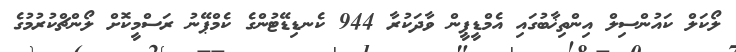
ލޯކަލް ކައުންސިލް އިންތިޚާބުގައި އެމްޑީޕީން ވާދަކުރާ 944 ކެނޑިޑޭޓުންގެ ކެމްޕޭނު ރަސްމީކޮށް ލޯންޗްކުރުމުގެ